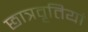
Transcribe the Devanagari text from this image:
छात्रवृतियां